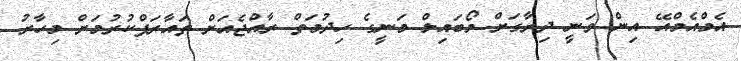
އެމްއެމްއޭ އިން ވަނީ ދިރާގަށް މޯބައިލް މަނީގެ ހިދުމަތް ރާއްޖެއަށް ތައާރަފްކުރުމަށް މިހާރު